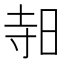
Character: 𪰛